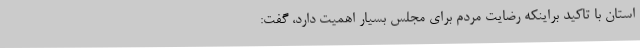
استان با تاکید براینکه رضایت مردم برای مجلس بسیار اهمیت دارد، گفت: